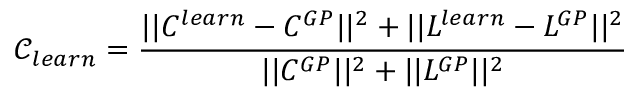
\mathcal { C } _ { l e a r n } = \frac { | | C ^ { l e a r n } - C ^ { G P } | | ^ { 2 } + | | L ^ { l e a r n } - L ^ { G P } | | ^ { 2 } } { | | C ^ { G P } | | ^ { 2 } + | | L ^ { G P } | | ^ { 2 } }